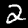
Label: 2